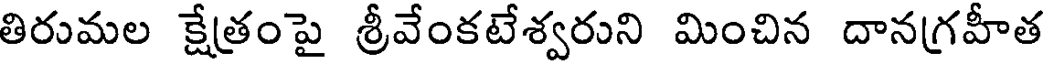
తిరుమల క్షేత్రంపై శ్రీవేంకటేశ్వరుని మించిన దానగ్రహీత